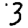
Digit: 3